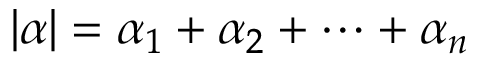
| \alpha | = \alpha _ { 1 } + \alpha _ { 2 } + \cdots + \alpha _ { n }